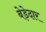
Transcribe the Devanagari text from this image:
बेड़ेदार